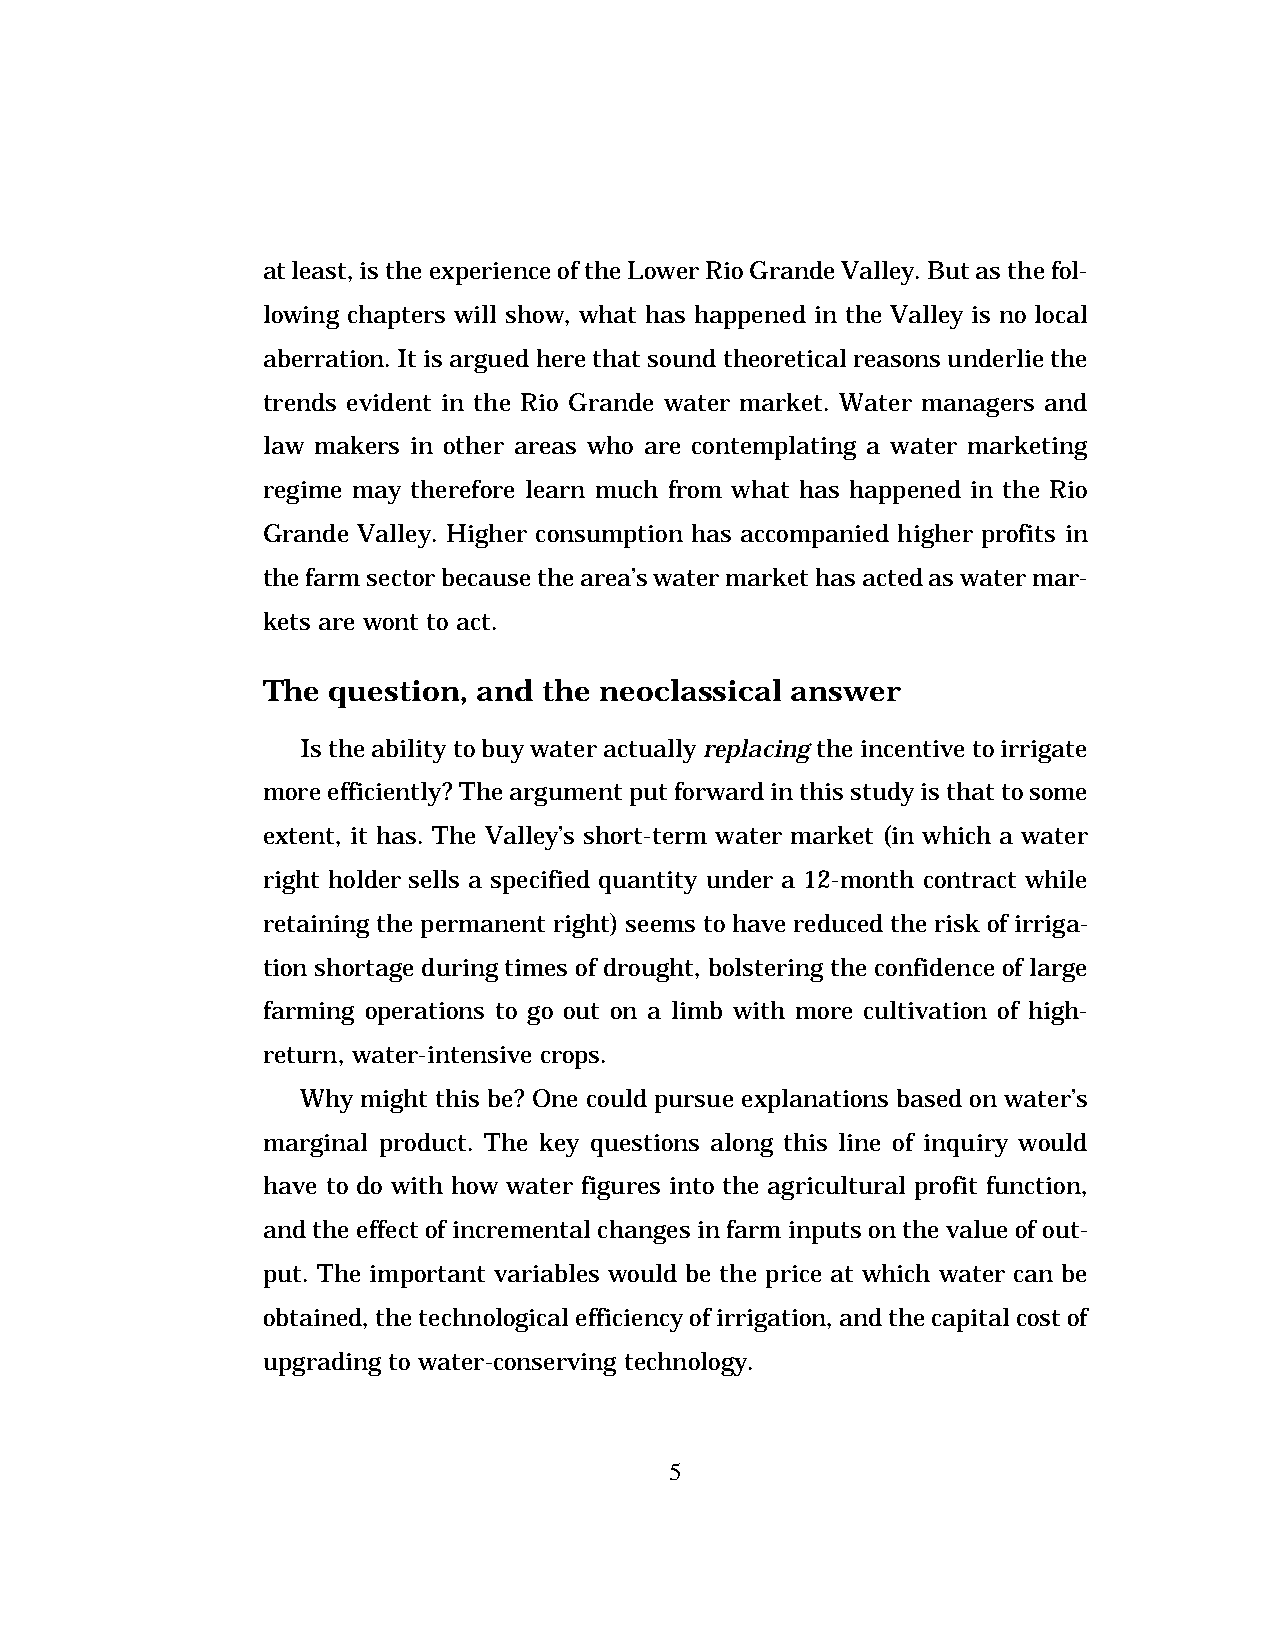
at least, is the experience of the Lower Rio Grande Valley. But as the fol-
 lowing chapters will show, what has happened in the Valley is no local
 aberration. It is argued here that sound theoretical reasons underlie the
 trends evident in the Rio Grande water market. Water managers and
 law makers in other areas who are contemplating a water marketing
 regime may therefore learn much from what has happened in the Rio
 Grande Valley. Higher consumption has accompanied higher profits in
 the farm sector because the area’s water market has acted as water mar-
 kets are wont to act.
 The  question, and the neoclassical answer
 Is the ability to buy water actually replacing the incentive to irrigate
 more efficiently? The argument put forward in this study is that to some
 extent, it has. The Valley’s short-term water market (in which a water
 right holder sells a specified quantity under a 12-month contract while
 retaining the permanent right) seems to have reduced the risk of irriga-
 tion shortage during times of drought, bolstering the confidence of large
 farming operations to go out on a limb with more cultivation of high-
 return, water-intensive crops.
 Why might this be? One could pursue explanations based on water’s
 marginal product. The key questions along this line of inquiry would
 have to do with how water figures into the agricultural profit function,
 and the effect of incremental changes in farm inputs on the value of out-
 put. The important variables would be the price at which water can be
 obtained, the technological efficiency of irrigation, and the capital cost of
 upgrading to water-conserving technology.
 5